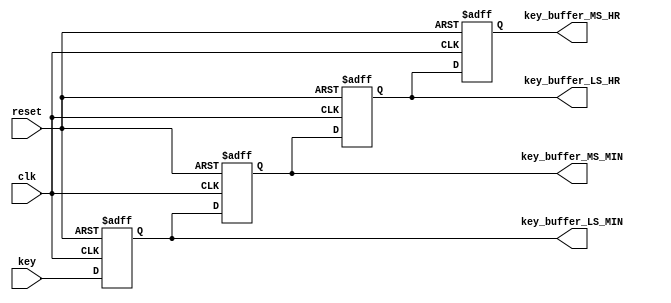
`timescale 1ns / 1ps
//////////////////////////////////////////////////////////////////////////////////
// Company: 
// Engineer: 
// 
// Design Name: 
// Module Name: key_register
// Project Name: 
// Target Devices: 
// Tool Versions: 
// Description: 
// 
// Dependencies: 
// 
// Revision:
// Revision 0.01 - File Created
// Additional Comments:
// 
//////////////////////////////////////////////////////////////////////////////////


module key_register(
input [3:0]key,
input clk,reset,
output reg [3:0]key_buffer_MS_HR,key_buffer_LS_HR,key_buffer_MS_MIN,key_buffer_LS_MIN
    );
    always@(posedge clk or posedge reset)
    begin
    if(reset)
    begin
    key_buffer_MS_HR<=0;
    key_buffer_LS_HR<=0;
    key_buffer_MS_MIN<=0;
    key_buffer_LS_MIN<=0;
            
    end
    else
    begin
    key_buffer_MS_HR<= key_buffer_LS_HR;
    key_buffer_LS_HR<=key_buffer_MS_MIN;
    key_buffer_MS_MIN<=key_buffer_LS_MIN;
    key_buffer_LS_MIN<=key;            
    end
    end
endmodule